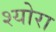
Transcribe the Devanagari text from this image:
श्योरा